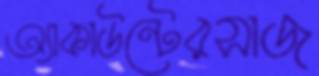
অ্যাকাউন্টেরসাজ